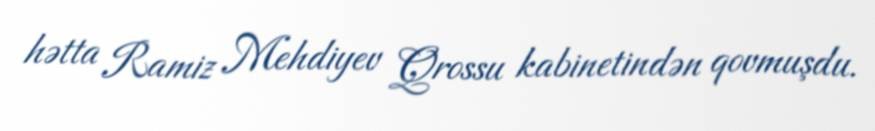
hətta Ramiz Mehdiyev Qrossu kabinetindən qovmuşdu.